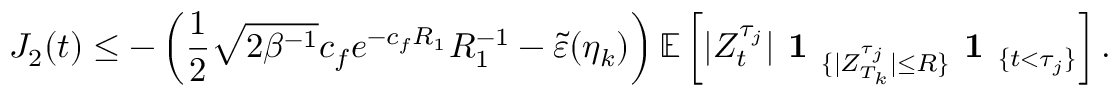
J _ { 2 } ( t ) \leq - \left( \frac { 1 } { 2 } \sqrt { 2 \beta ^ { - 1 } } c _ { f } e ^ { - c _ { f } R _ { 1 } } R _ { 1 } ^ { - 1 } - \tilde { \varepsilon } ( \eta _ { k } ) \right) \mathbb { E } \left[ | Z _ { t } ^ { \tau _ { j } } | \textbf { 1 } _ { \{ | Z _ { T _ { k } } ^ { \tau _ { j } } | \leq R \} } \textbf { 1 } _ { \{ t < \tau _ { j } \} } \right] .